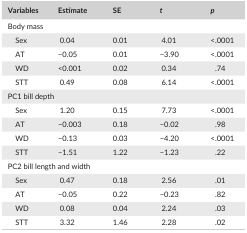
| Variables | Estimate | SE | t | p |
 | --- | --- | --- | --- | --- |
 | <COLSPAN=5> Body mass |
 | Sex | 0.04 | 0.01 | 4.01 | <.0001 |
 | AT | −0.05 | 0.01 | −3.90 | <.0001 |
 | WD | <0.001 | 0.02 | 0.34 | .74 |
 | STT | 0.49 | 0.08 | 6.14 | <.0001 |
 | <COLSPAN=5> PC1 bill depth |
 | Sex | 1.20 | 0.15 | 7.73 | <.0001 |
 | AT | −0.003 | 0.18 | −0.02 | .98 |
 | WD | −0.13 | 0.03 | −4.20 | <.0001 |
 | STT | −1.51 | 1.22 | −1.23 | .22 |
 | <COLSPAN=5> PC2 bill length and width |
 | Sex | 0.47 | 0.18 | 2.56 | .01 |
 | AT | −0.05 | 0.22 | −0.23 | .82 |
 | WD | 0.08 | 0.04 | 2.24 | .03 |
 | STT | 3.32 | 1.46 | 2.28 | .02 |